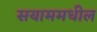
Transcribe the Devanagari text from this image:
सयाममधील